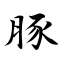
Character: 豚